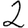
Digit: 2